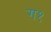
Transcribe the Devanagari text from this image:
ग१